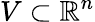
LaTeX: V\subset\mathbb{R}^{n}